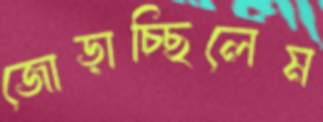
জোড়াচ্ছিলেম